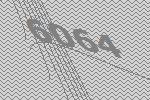
6064